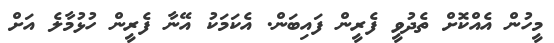
މީހުން އެއްކޮށް ތެދުވީ ފެރީން ފައިބަން. އެކަމަކު އޭނާ ފެރީން ހުޅުމާލެ އަށް